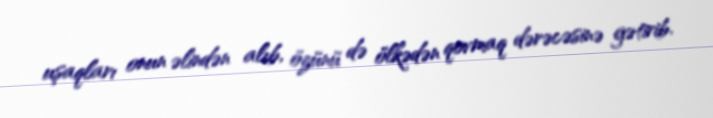
uşaqları onun əlindən alıb, özünü də ölkədən qovmaq dərəcəsinə gətirib.